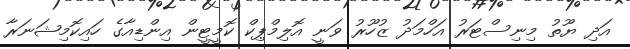
އަދި ޔޫތު މިނިސްޓަރު އަހްމަދު ޒުހޫރު ވަނީ އޮލިމްޕިކް ކޮމީޓީން އިންޑިއާގެ ހައިކޮމިޝަނަރާ